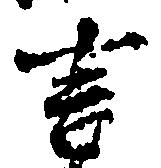
言